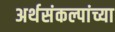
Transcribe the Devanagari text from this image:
अर्थसंकल्पांच्या